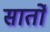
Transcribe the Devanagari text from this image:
सार्तों